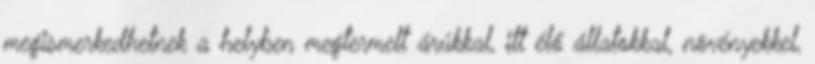
megismerkedhetnek a helyben megtermelt árúkkal, itt élő állatokkal, növényekkel,